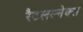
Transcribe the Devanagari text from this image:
रैटलस्नेक्स